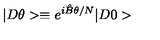
| D \theta > \equiv e ^ { i \hat { B } \theta / N } | D 0 >